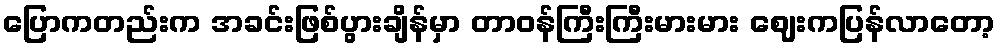
ပြောကတည်းက အခင်းဖြစ်ပွားချိန်မှာ တာဝန်ကြီးကြီးမားမား ဈေးကပြန်လာတော့